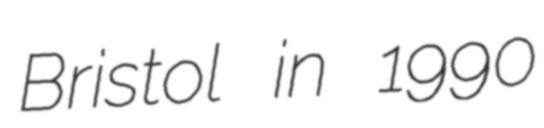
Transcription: Bristol in 1990